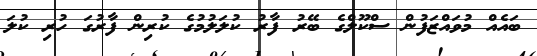
ބައެއް މުވައްޒަފުން ސްކޫލްގެ ބޭރު ފާރު ކުލަލުމުގެ ކުރިން ފާރުގަ ހުރި ކުލަ